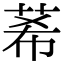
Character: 莃